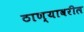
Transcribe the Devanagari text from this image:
ठाण्यावरील